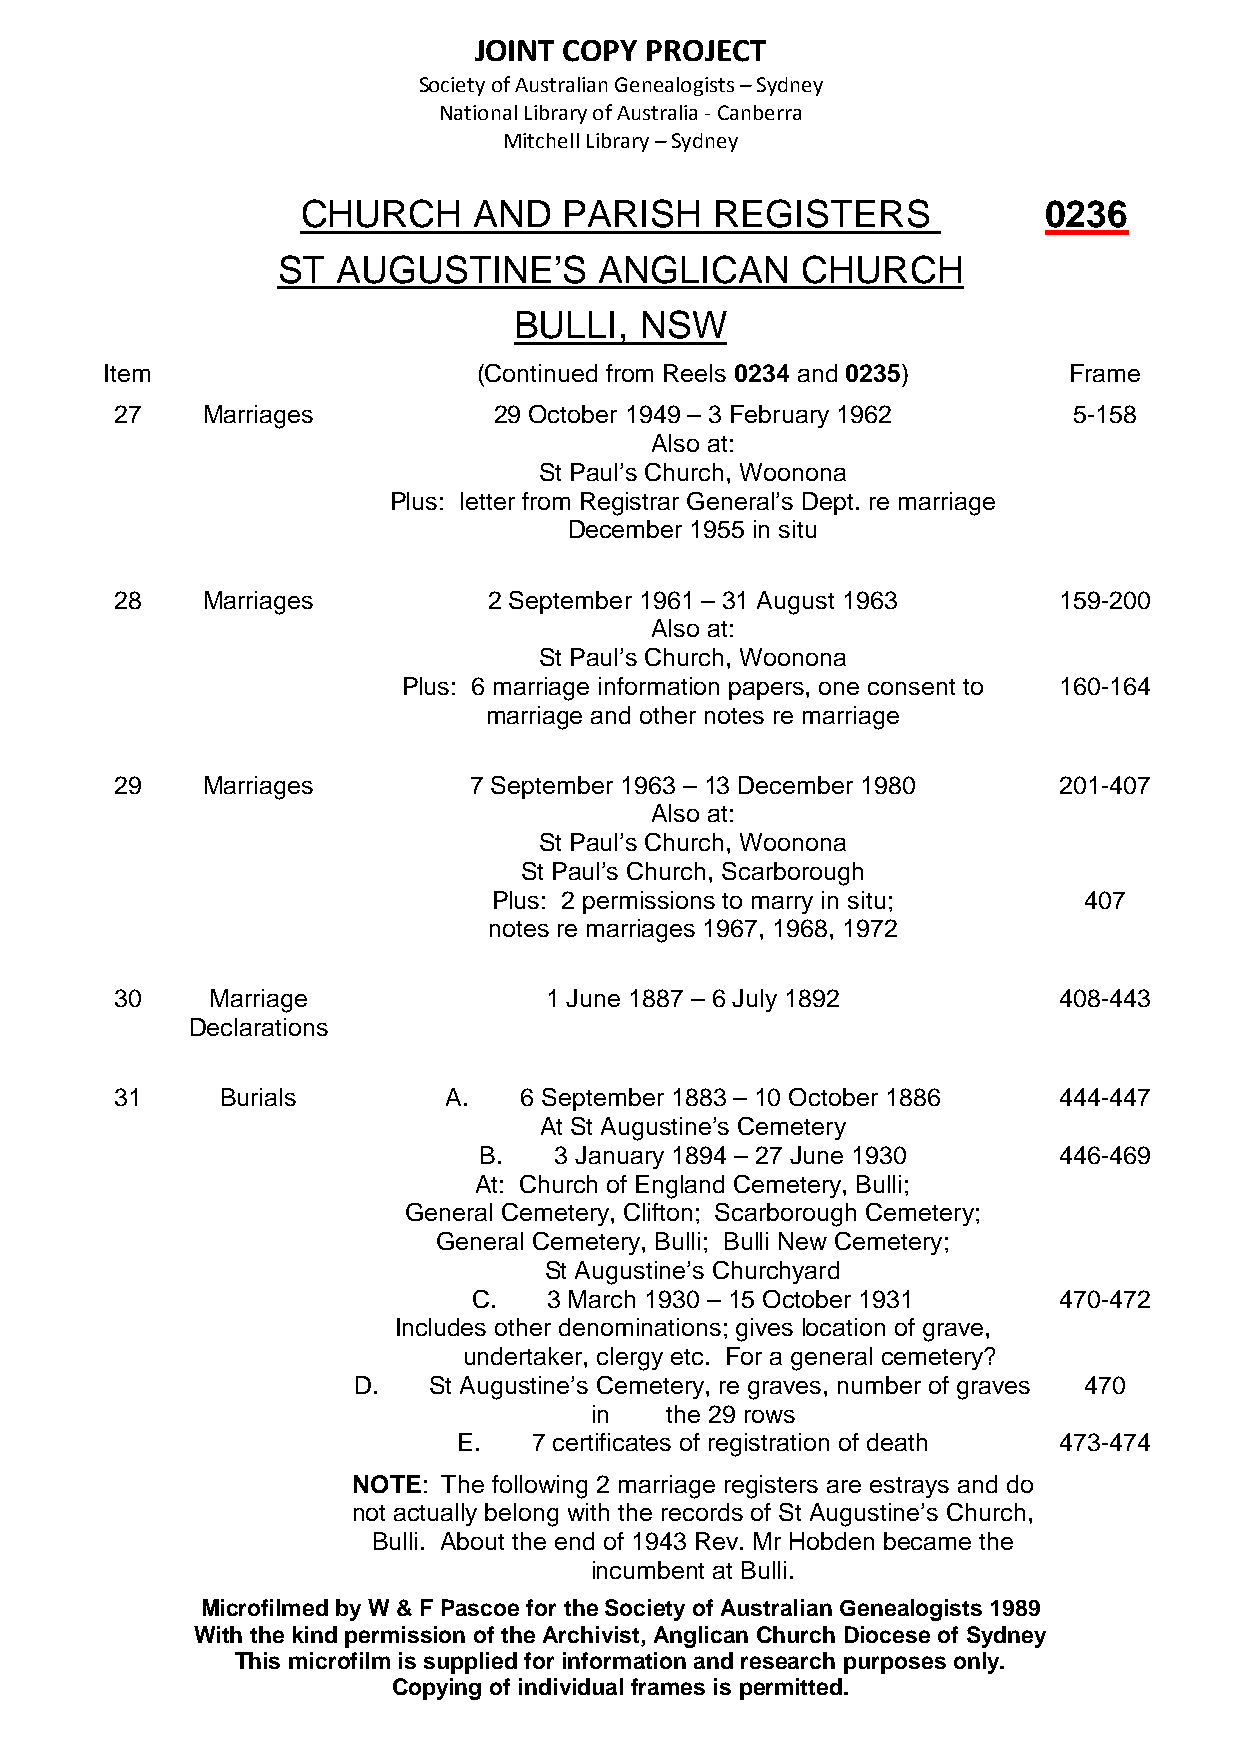
JOINT COPY  PROJECT
 Society of Australian Genealogists – Sydney
 National Library of Australia - Canberra
 Mitchell Library – Sydney
 CHURCH     AND   PARISH    REGISTERS             0236
 ST  AUGUSTINE’S       ANGLICAN     CHURCH
 BULLI,  NSW
 Item                     (Continued from Reels 0234 and 0235)   Frame
 27   Marriages           29 October 1949 – 3 February 1962     5-158
 Also at:
 St Paul’s Church, Woonona
 Plus: letter from Registrar General’s Dept. re marriage
 December 1955 in situ
 28   Marriages          2 September 1961 – 31 August 1963     159-200
 Also at:
 St Paul’s Church, Woonona
 Plus: 6 marriage information papers, one consent to 160-164
 marriage and other notes re marriage
 29   Marriages         7 September 1963 – 13 December 1980    201-407
 Also at:
 St Paul’s Church, Woonona
 St Paul’s Church, Scarborough
 Plus: 2 permissions to marry in situ;  407
 notes re marriages 1967, 1968, 1972
 30    Marriage              1 June 1887 – 6 July 1892         408-443
 Declarations
 31     Burials       A.   6 September 1883 – 10 October 1886  444-447
 At St Augustine’s Cemetery
 B.   3 January 1894 – 27 June 1930    446-469
 At: Church of England Cemetery, Bulli;
 General Cemetery, Clifton; Scarborough Cemetery;
 General Cemetery, Bulli; Bulli New Cemetery;
 St Augustine’s Churchyard
 C.   3 March 1930 – 15 October 1931    470-472
 Includes other denominations; gives location of grave,
 undertaker, clergy etc. For a general cemetery?
 D.   St Augustine’s Cemetery, re graves, number of graves 470
 in   the 29 rows
 E.   7 certificates of registration of death 473-474
 NOTE: The following 2 marriage registers are estrays and do
 not actually belong with the records of St Augustine’s Church,
 Bulli. About the end of 1943 Rev. Mr Hobden became the
 incumbent at Bulli.
 Microfilmed by W & F Pascoe for the Society of Australian Genealogists 1989
 With the kind permission of the Archivist, Anglican Church Diocese of Sydney
 This microfilm is supplied for information and research purposes only.
 Copying of individual frames is permitted.